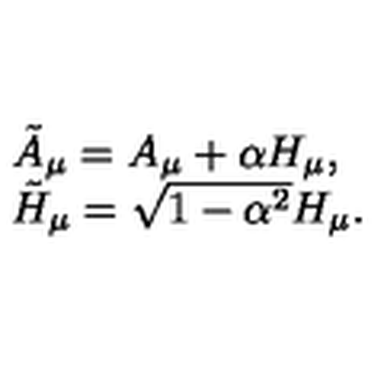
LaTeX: \begin{array} { l l } { \tilde { A } _ { \mu } = A _ { \mu } + \alpha H _ { \mu } , } \\ { \tilde { H } _ { \mu } = \sqrt { 1 - \alpha ^ { 2 } } H _ { \mu } . } \\ \end{array}